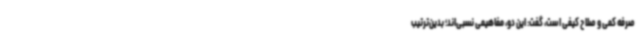
صرفه کمی و صلاح کیفی است، گفت: این دو، مفاهیمی نسبی‌اند؛ بدین‌ترتیب